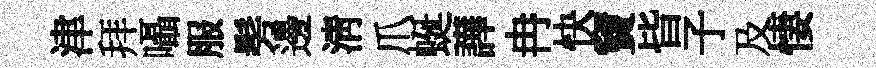
津拜囁服髣邊淸爪蜒譁冉快竇𣅜子及悽